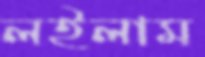
লইলাম